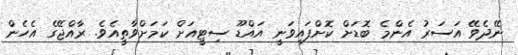
ނޭދެވޭ އަސަރު އެންމެ ބޮޑަށް ކޮށްފައިވަނީ އައްޑޫ ސިޓީއަށް ކަމަށްވާތީއެވެ. ރާއްޖޭގެ އެހެން